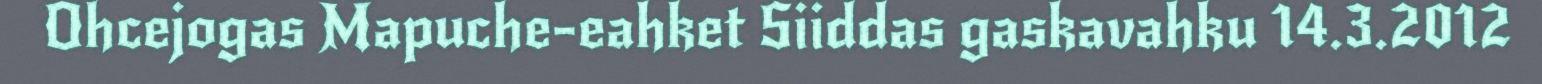
Ohcejogas Mapuche-eahket Siiddas gaskavahku 14.3.2012